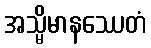
အသ္မိမာနဿေတံ